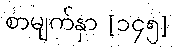
စာမျက်နှာ [၁၄၅]